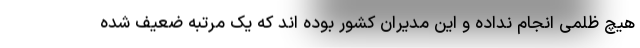
هیچ ظلمی انجام نداده و این مدیران کشور بوده اند که یک مرتبه ضعیف شده